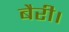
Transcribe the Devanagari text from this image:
बैरी।